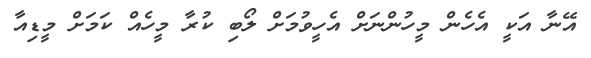
އޭނާ އަކީ އެހެން މީހުންނަަށް އެހީވުމަށް ލޯބި ކުރާ މީހެއް ކަމަށް މީޑިއާ